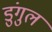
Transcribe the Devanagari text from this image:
डुंगुल